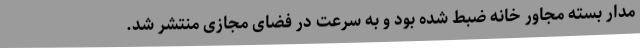
مدار بسته مجاور خانه ضبط شده بود و به سرعت در فضای مجازی منتشر شد.